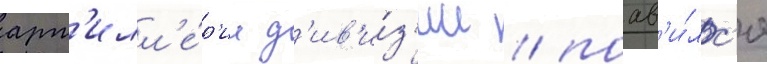
арт'илл'е́р'ии д'ив'и́з'ии / поав'и́лс'я